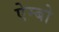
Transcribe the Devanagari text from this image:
ऐम्बो